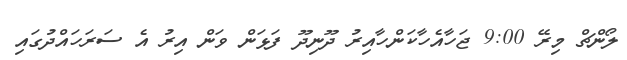
ލޯންޗް މިރޭ 9:00 ޖަހާއެހާކަންހާއިރު ދޫނިދޫ ފަޅަން ވަން އިރު އެ ސަރަހައްދުގައި